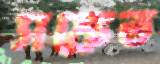
সঙ্কেত